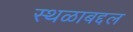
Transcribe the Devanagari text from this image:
स्थळाबद्दल